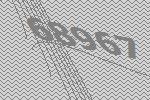
68967